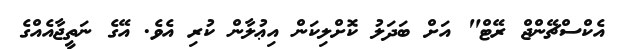
އެކްސްޗޭންޖް ރޭޓް" އަށް ބަދަލު ކޮށްލިކަން އިޢުލާން ކުރި އެވެ. އޭގެ ނަތީޖާއެއްގެ